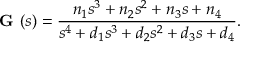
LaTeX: { \textbf { G } } ( s ) = { \frac { n _ { 1 } s ^ { 3 } + n _ { 2 } s ^ { 2 } + n _ { 3 } s + n _ { 4 } } { s ^ { 4 } + d _ { 1 } s ^ { 3 } + d _ { 2 } s ^ { 2 } + d _ { 3 } s + d _ { 4 } } } .